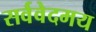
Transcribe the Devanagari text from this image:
सर्ववेदमय